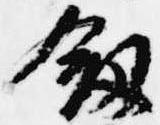
剣